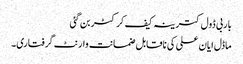
باربی ڈول کترینہ کیف کرکٹر بن گئی
ماڈل ایان علی کی ناقابل ضمانت وارنٹ گرفتاری۔